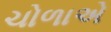
ચોળાએ